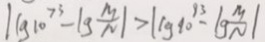
\vert \lg 1 0 ^ { 7 3 } - \lg \frac { M } { N } \vert > \vert \lg 1 0 ^ { 9 3 } - \lg \frac { M } { N } \vert